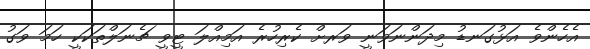
އެހެންވެ އަޅުގަނޑު މިދަންނަވަނީ ވަރށް ކެރިހުރެ އަމިއްލަ ޓީވީ ޗެނަލްތަކަކީ ހަމަ ވަގު